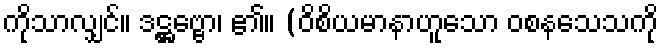
ကိုသာလျှင်။ ဒဋ္ဌဗ္ဗော၊ ၏။ (ဝိစိယမာနာဟူသော ဝစနသေသကို